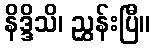
နိဒ္ဒိသိ၊ ညွှန်းပြီ။